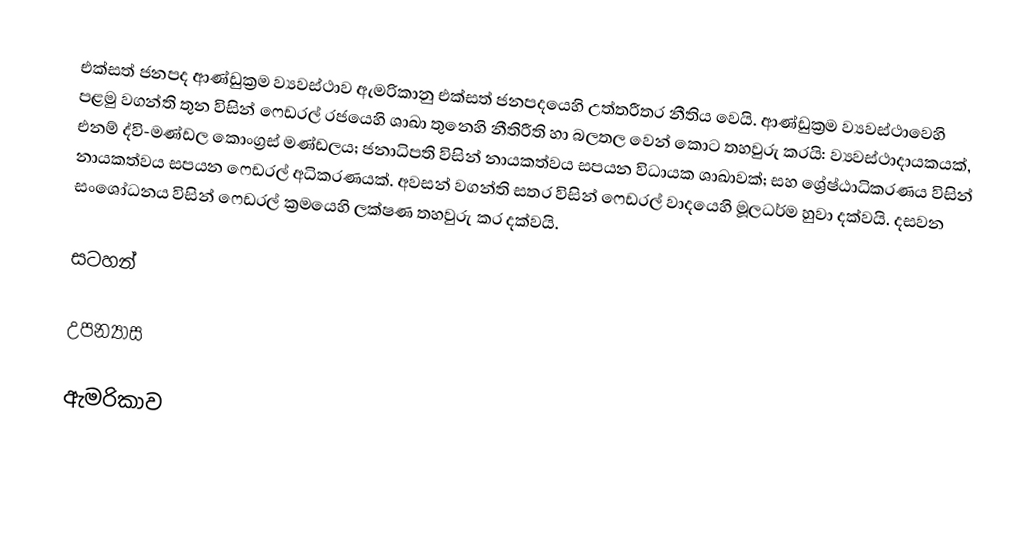
එක්සත් ජනපද ආණ්ඩුක්‍රම ව්‍යවස්ථාව ඇමරිකානු එක්සත් ජනපදයෙහි උත්තරීතර නීතිය වෙයි. ආණ්ඩුක්‍රම ව්‍යවස්ථාවෙහි පළමු වගන්ති තුන විසින් ෆෙඩරල් රජයෙහි ශාඛා තුනෙහි නීතිරීති හා බලතල වෙන් කොට තහවුරු කරයි: ව්‍යවස්ථාදායකයක්, එනම් ද්වි-මණ්ඩල කොංග්‍රස් මණ්ඩලය; ජනාධිපති විසින් නායකත්වය සපයන විධායක ශාඛාවක්; සහ ශ්‍රේෂ්ඨාධිකරණය විසින් නායකත්වය සපයන ෆෙඩරල් අධිකරණයක්. අවසන් වගන්ති සතර විසින් ෆෙඩරල් වාදයෙහි මූලධර්ම හුවා දක්වයි. දසවන සංශෝධනය විසින් ෆෙඩරල් ක්‍රමයෙහි ලක්ෂණ තහවුරු කර දක්වයි.

සටහන්

උපන්‍යාස

ඇමරිකාව